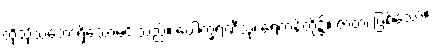
ထိုသို့သဘောရှိသောမင်းသည်။ ပေါက္ခရဏီသု၊ ရေကန်တို့၌။ ဇာတံ၊ ဖြစ်သော။